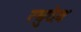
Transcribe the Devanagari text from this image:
रघुदेव